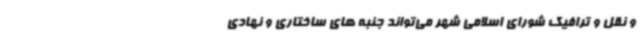
و نقل و ترافیک شورای اسلامی شهر می‌تواند جنبه های ساختاری و نهادی